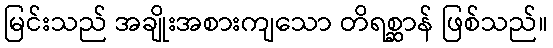
မြင်းသည် အချိုးအစားကျသော တိရစ္ဆာန် ဖြစ်သည်။